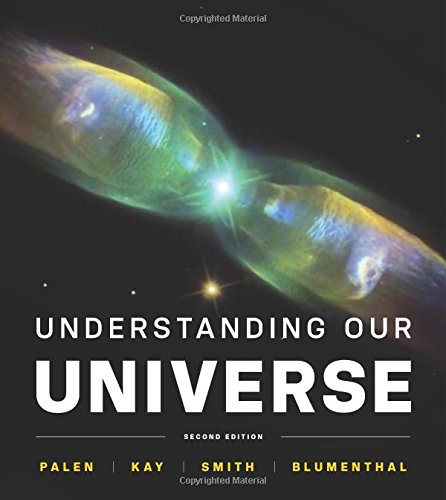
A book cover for Understanding Our Universe (Second Edition); Stacy Palen; Science & Math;